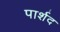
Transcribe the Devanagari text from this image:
पार्शद